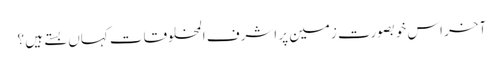
آخر اس خوبصورت زمین پر اشرف المخلوقات کہاں بستے ہیں ؟